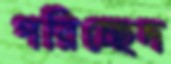
পরিচ্ছেদ